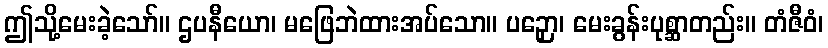
ဤသို့မေးခဲ့သော်။ ဌပနီယော၊ မဖြေဘဲထားအပ်သော။ ပဉှော၊ မေးခွန်းပုစ္ဆာတည်း။ တံဇီဝံ၊